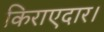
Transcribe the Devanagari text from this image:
किराएदार।